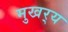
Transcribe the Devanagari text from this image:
मुखर्‍य